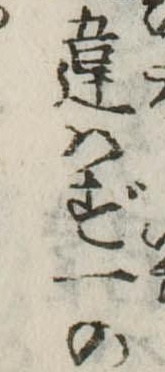
違はず一の